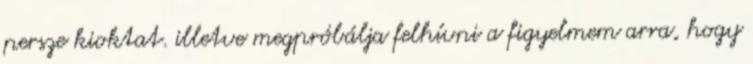
persze kioktat. illetve megpróbálja felhívni a figyelmem arra, hogy